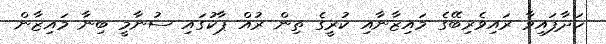
ހަދާފައިވާ ރައިވެރިބޭގެ މައިޒާނާއި ކުރީގެ ތިން ރުއް ޕާކުގައި ސުނާމީ ބިނާ މައިޒާން